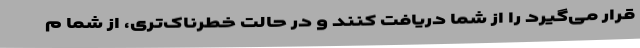
قرار می‌گیرد را از شما دریافت کنند و در حالت خطرناک‌تری، از شما م